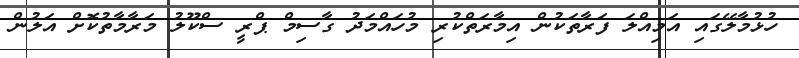
ހުޅުމާލޭގައި އަމިއްލަ ފަރާތަކުން އިމާރަތްކުރި މުހައްމަދު ގާސިމް ޕްރީ ސްކޫލު މަރާމާތުކޮށް އަލުން